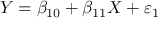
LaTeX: Y = \beta _ { 1 0 } + \beta _ { 1 1 } X + \varepsilon _ { 1 }